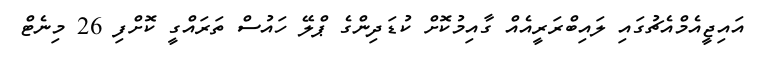
އައިޖީއެމްއެޗުގައި ލައިބްރަރީއެއް ގާއިމުކޮށް ކުޑަދިންގެ ޕްލޭ ހައުސް ތަރައްގީ ކޮށްފި 26 މިނެޓް